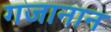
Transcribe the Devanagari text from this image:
गजानान